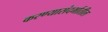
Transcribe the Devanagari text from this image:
करण्यासंदर्भातील